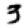
Digit: 3